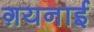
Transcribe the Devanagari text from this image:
ग़यनाई